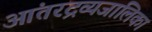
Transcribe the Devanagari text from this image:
आंतरद्रव्यजालिका